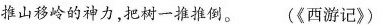
推山移岭的神力，把树一推推倒。 (《西游记》)